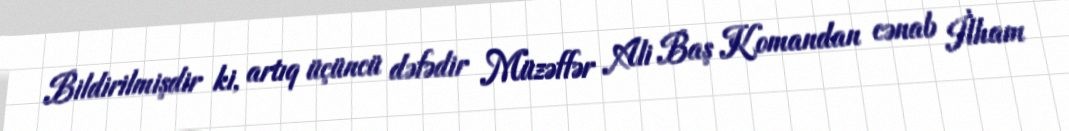
Bildirilmişdir ki, artıq üçüncü dəfədir Müzəffər Ali Baş Komandan cənab İlham